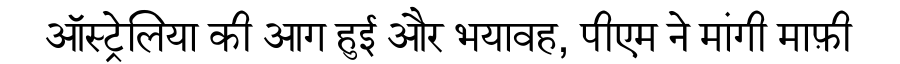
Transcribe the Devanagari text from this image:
ऑस्ट्रेलिया की आग हुई और भयावह, पीएम ने मांगी माफ़ी